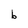
Character: b